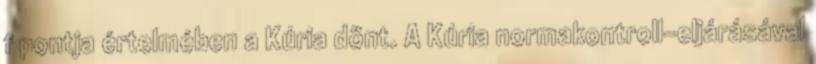
f pontja értelmében a Kúria dönt. A Kúria normakontroll-eljárásával